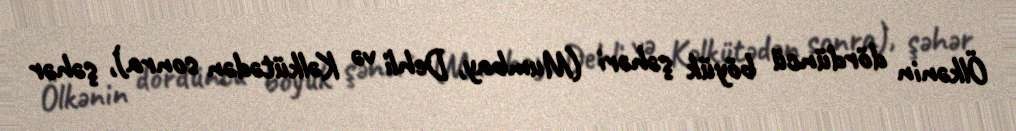
Ölkənin dördüncü böyük şəhəri (Mumbay, Dehli və Kəlkütədən sonra), şəhər